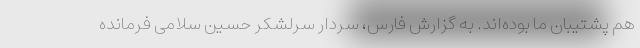
هم پشتیبان ما بوده‌اند. به گزارش فارس، سردار سرلشکر حسین سلامی فرمانده